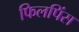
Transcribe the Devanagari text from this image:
फिलपिंस